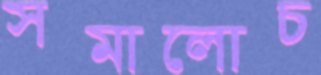
সমালোচ